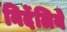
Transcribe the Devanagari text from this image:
निर्देलिये